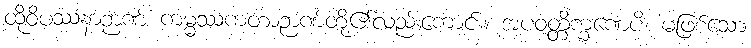
ထိုဝိပဿနာဉာဏ် ကမ္မဿကတာဉာဏ်တို့၏လည်းကောင်း။ အပဝတ္တိက္ခဏေပိ၊ မဖြစ်သော